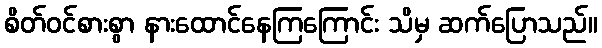
စိတ်ဝင်စားစွာ နားထောင်နေကြကြောင်း သိမှ ဆက်ပြောသည်။